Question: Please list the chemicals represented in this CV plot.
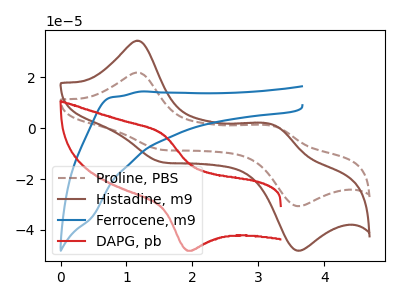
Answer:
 <answer>The brown dashed curve is labeled "Proline, PBS". The brown curve is labeled "Histadine, m9". The blue curve is labeled "Ferrocene, m9". The red curve is labeled "DAPG, pb".</answer>
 <eval></eval>